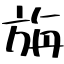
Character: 旃